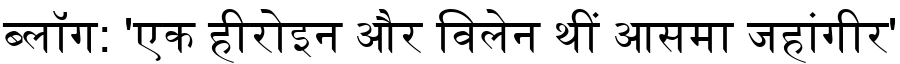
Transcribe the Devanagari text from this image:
ब्लॉग: 'एक हीरोइन और विलेन थीं आसमा जहांगीर'